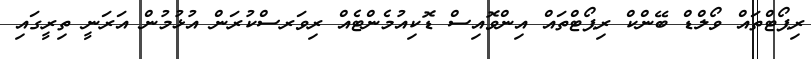
ރިޕޯޓްތައް ވޯލްޑް ބޭންކް ރިޕޯޓްތައް އިންވޮއިސް ޑޮކިއުމެންޓެއް ރިވަރސްކުރަން އުޅުމުން އަރަނީ ތިރީގައި